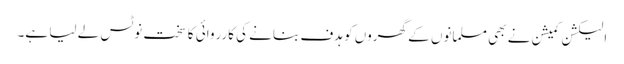
الیکشن کمیشن نے بھی مسلمانوں کے گھروں کو ہدف بنانے کی کارروائی کا سخت نوٹس لے لیا ہے۔